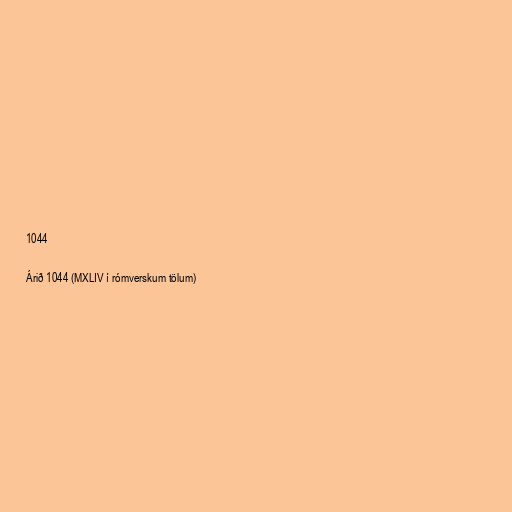
1044

Árið 1044 (MXLIV í rómverskum tölum)